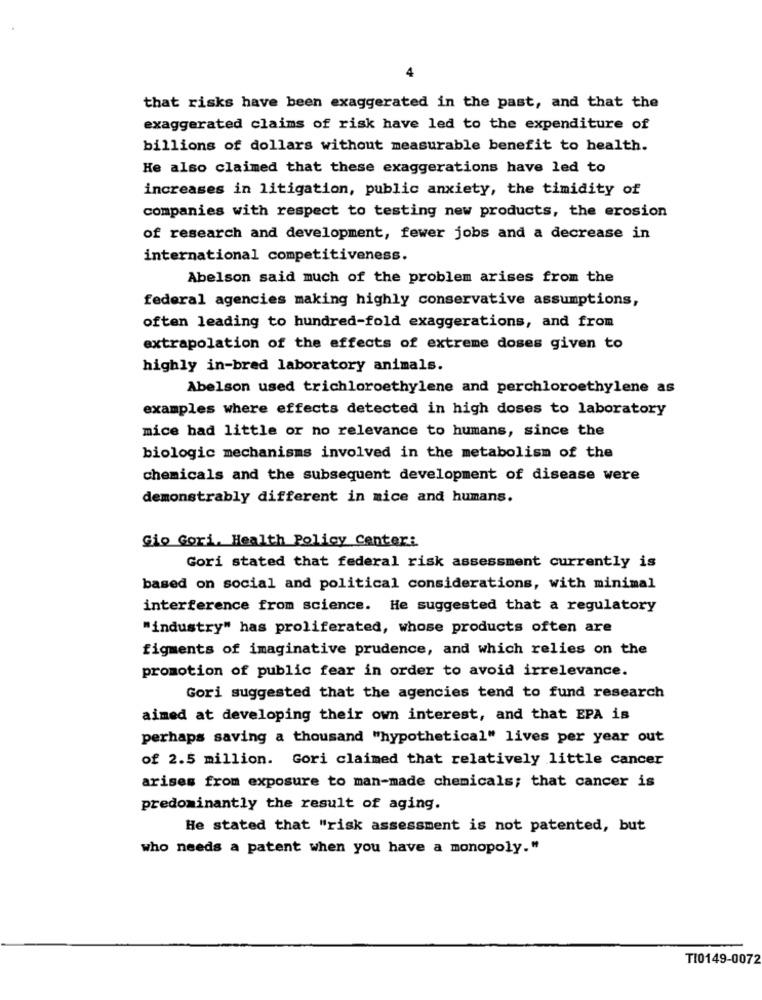
4
that risks have been exaggerated in the past, and that the
exaggerated claims of risk have led to the expenditure of
billions of dollars without measurable benefit to health.
He also claimed that these exaggerations have led to
increases in litigation, public anxiety, the timidity of
companies with respect to testing new products, the erosion
of research and development, fewer jobs and a decrease in
international competitiveness.
Abelson said much of the problem arises from the
federal agencies making highly conservative assumptions,
often leading to hundred-fold exaggerations, and from
extrapolation of the effects of extreme doses given to
highly in-bred laboratory animals.
Abelson used trichloroethylene and perchloroethylene as
examples where effects detected in high doses to laboratory
mice had little or no relevance to humans, since the
biologic mechanisms involved in the metabolism of the
chemicals and the subsequent development of disease were
demonstrably different in mice and humans.
Gio Gori, Health Policy Center:
Gori stated that federal risk assessment currently is
based on social and political considerations, with minimal
interference from science. He suggested that a regulatory
"industry" has proliferated, whose products often are
figments of imaginative prudence, and which relies on the
promotion of public fear in order to avoid irrelevance.
Gori suggested that the agencies tend to fund research
aimed at developing their own interest, and that EPA is
perhaps saving a thousand "hypothetical" lives per year out
of 2.5 million. Gori claimed that relatively little cancer
arises from exposure to man-made chemicals; that cancer is
predominantly the result of aging.
He stated that "risk assessment is not patented, but
who needs a patent when you have a monopoly."
TI0149-0072